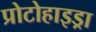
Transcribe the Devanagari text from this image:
प्रोटोहाइड्रा